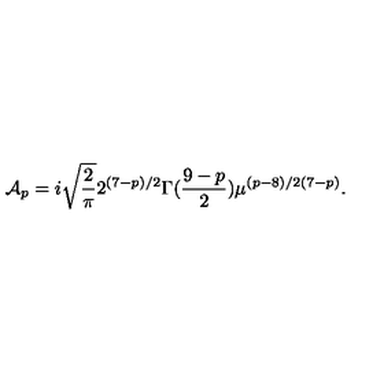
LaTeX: { \cal A } _ { p } = i \sqrt { \frac { 2 } { \pi } } { 2 ^ { ( 7 - p ) / 2 } } { \Gamma ( \frac { 9 - p } { 2 } ) } \mu ^ { ( p - 8 ) / 2 ( 7 - p ) } .